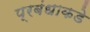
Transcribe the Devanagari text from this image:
प्रबंधाकडे